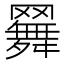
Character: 𦌳